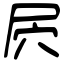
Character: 屄